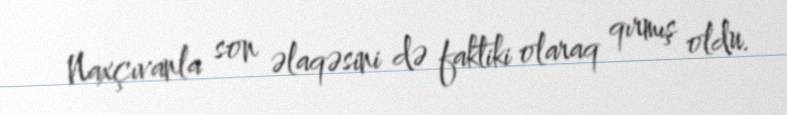
Naxçıvanla son əlaqəsini də faktiki olaraq qırmış oldu.